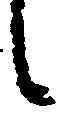
候